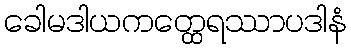
ခေါမဒါယကတ္ထေရဿာပဒါနံ